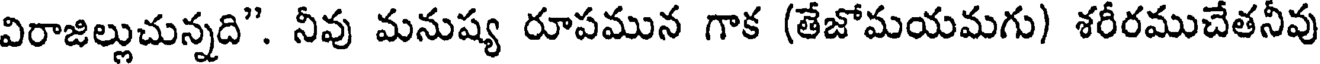
విరాజిల్లుచున్నది". నీవు మనుష్య రూపమున గాక (తేజోమయమగు) శరీరముచేతనీవు